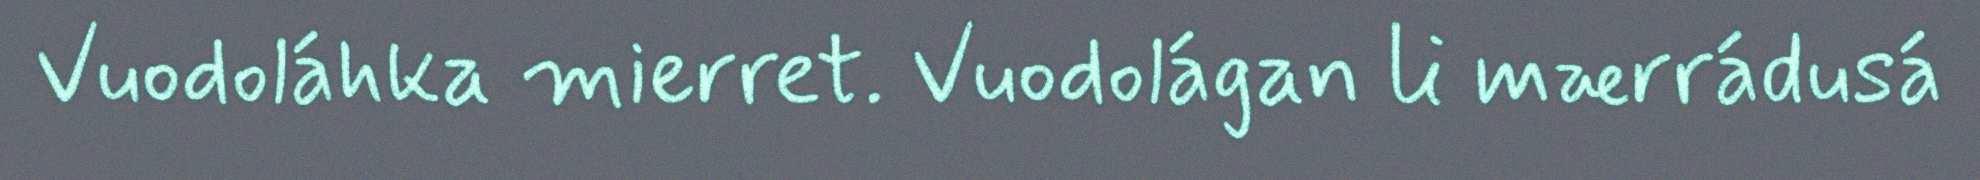
Vuodoláhka mierret. Vuodolágan li mærrádusá